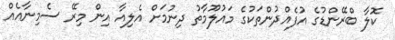
ކޮލާ ބްރޭންޑުގެ އުފެއްދުންތަކުގެ މައުލޫމާތު ދިނުމަށް އެލިއާ އިން މިރޭ ސެމިނާއެއް